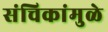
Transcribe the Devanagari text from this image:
संचिकांमुळे